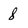
Character: 8